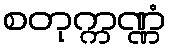
စတုက္ကဏ္ဏံ